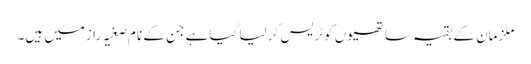
ملزمان کے بقیہ ساتھیوں کو ٹریس کر لیا گیا ہے جن کے نا م صغیہ رازمیں ہیں۔